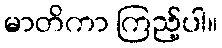
မာတိကာ ကြည့်ပါ။